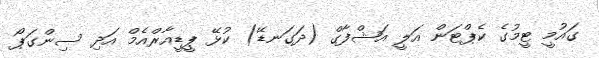
ގައުމީ ޓީމުގެ ކެޕްޓަން އަލީ އަޝްފާގް (ދަގަނޑޭ) ކުޅޭ ޕީޑީއާރްއެމް އަދި ސިންގަޕޯ